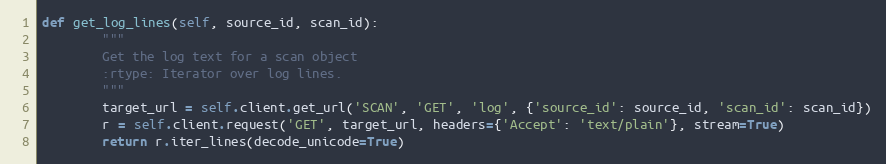
Language: Python
def get_log_lines(self, source_id, scan_id):
        """
        Get the log text for a scan object
        :rtype: Iterator over log lines.
        """
        target_url = self.client.get_url('SCAN', 'GET', 'log', {'source_id': source_id, 'scan_id': scan_id})
        r = self.client.request('GET', target_url, headers={'Accept': 'text/plain'}, stream=True)
        return r.iter_lines(decode_unicode=True)